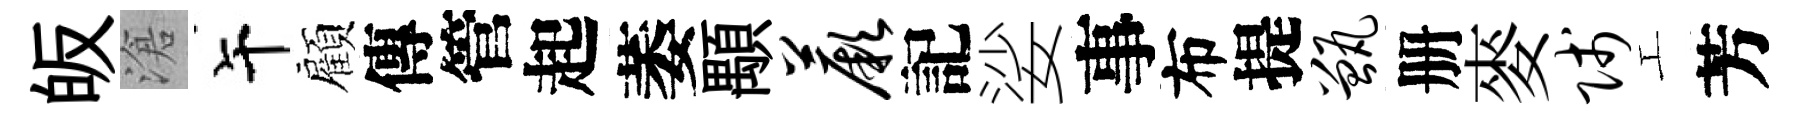
皈滄午顧傳管起萎顒蕨記娑事布提甑册麥贱工芳